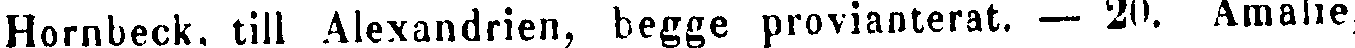
Hornbeck. till Alexandrien, begge provianterat. — 20. Amalie,